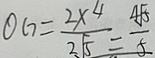
O G = \frac { 2 \times 4 } { 2 \sqrt { 5 } } = \frac { 4 \sqrt { 5 } } { 5 }